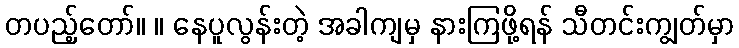
တပည့်တော်။ ။ နေပူလွန်းတဲ့ အခါကျမှ နားကြဖို့ရန် သီတင်းကျွတ်မှာ